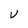
Character: U